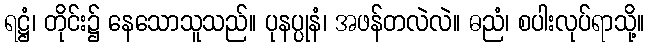
ရဋ္ဌံ၊ တိုင်း၌ နေသောသူသည်။ ပုနပ္ပုနံ၊ အဖန်တလဲလဲ။ ဓညံ၊ စပါးလုပ်ရာသို့။